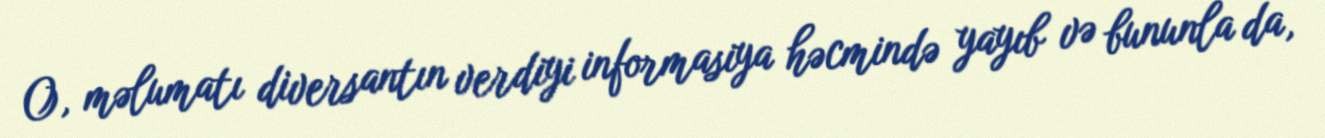
O, məlumatı diversantın verdiyi informasiya həcmində yayıb və bununla da,